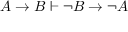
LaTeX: A \to B \vdash \lnot B \to \lnot A